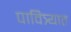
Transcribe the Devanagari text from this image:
पावित्र्यात